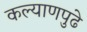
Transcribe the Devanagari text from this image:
कल्याणपुढे